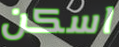
اسكن